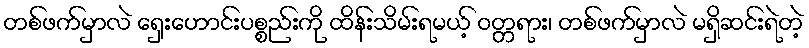
တစ်ဖက်မှာလဲ ရှေးဟောင်းပစ္စည်းကို ထိန်းသိမ်းရမယ့် ဝတ္တရား၊ တစ်ဖက်မှာလဲ မရှိဆင်းရဲတဲ့